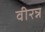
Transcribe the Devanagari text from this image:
वीरन्न